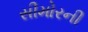
સીમોરની